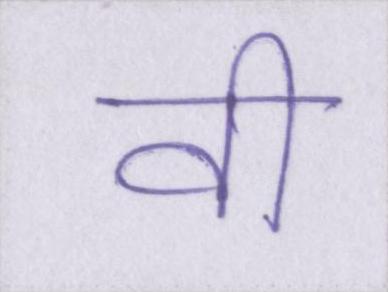
वी